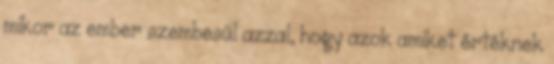
mikor az ember szembesül azzal, hogy azok amiket értéknek